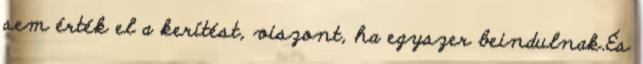
sem érték el a kerítést, viszont, ha egyszer beindulnak.És